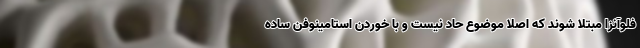
فلوآنزا مبتلا شوند که اصلا موضوع حاد نیست و با خوردن استامینوفن ساده